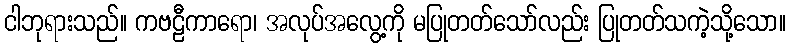
ငါဘုရားသည်။ ကဗဠီကာရော၊ အလုပ်အလွေ့ကို မပြုတတ်သော်လည်း ပြုတတ်သကဲ့သို့သော။